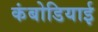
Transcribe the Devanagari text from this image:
कंबोडियाई